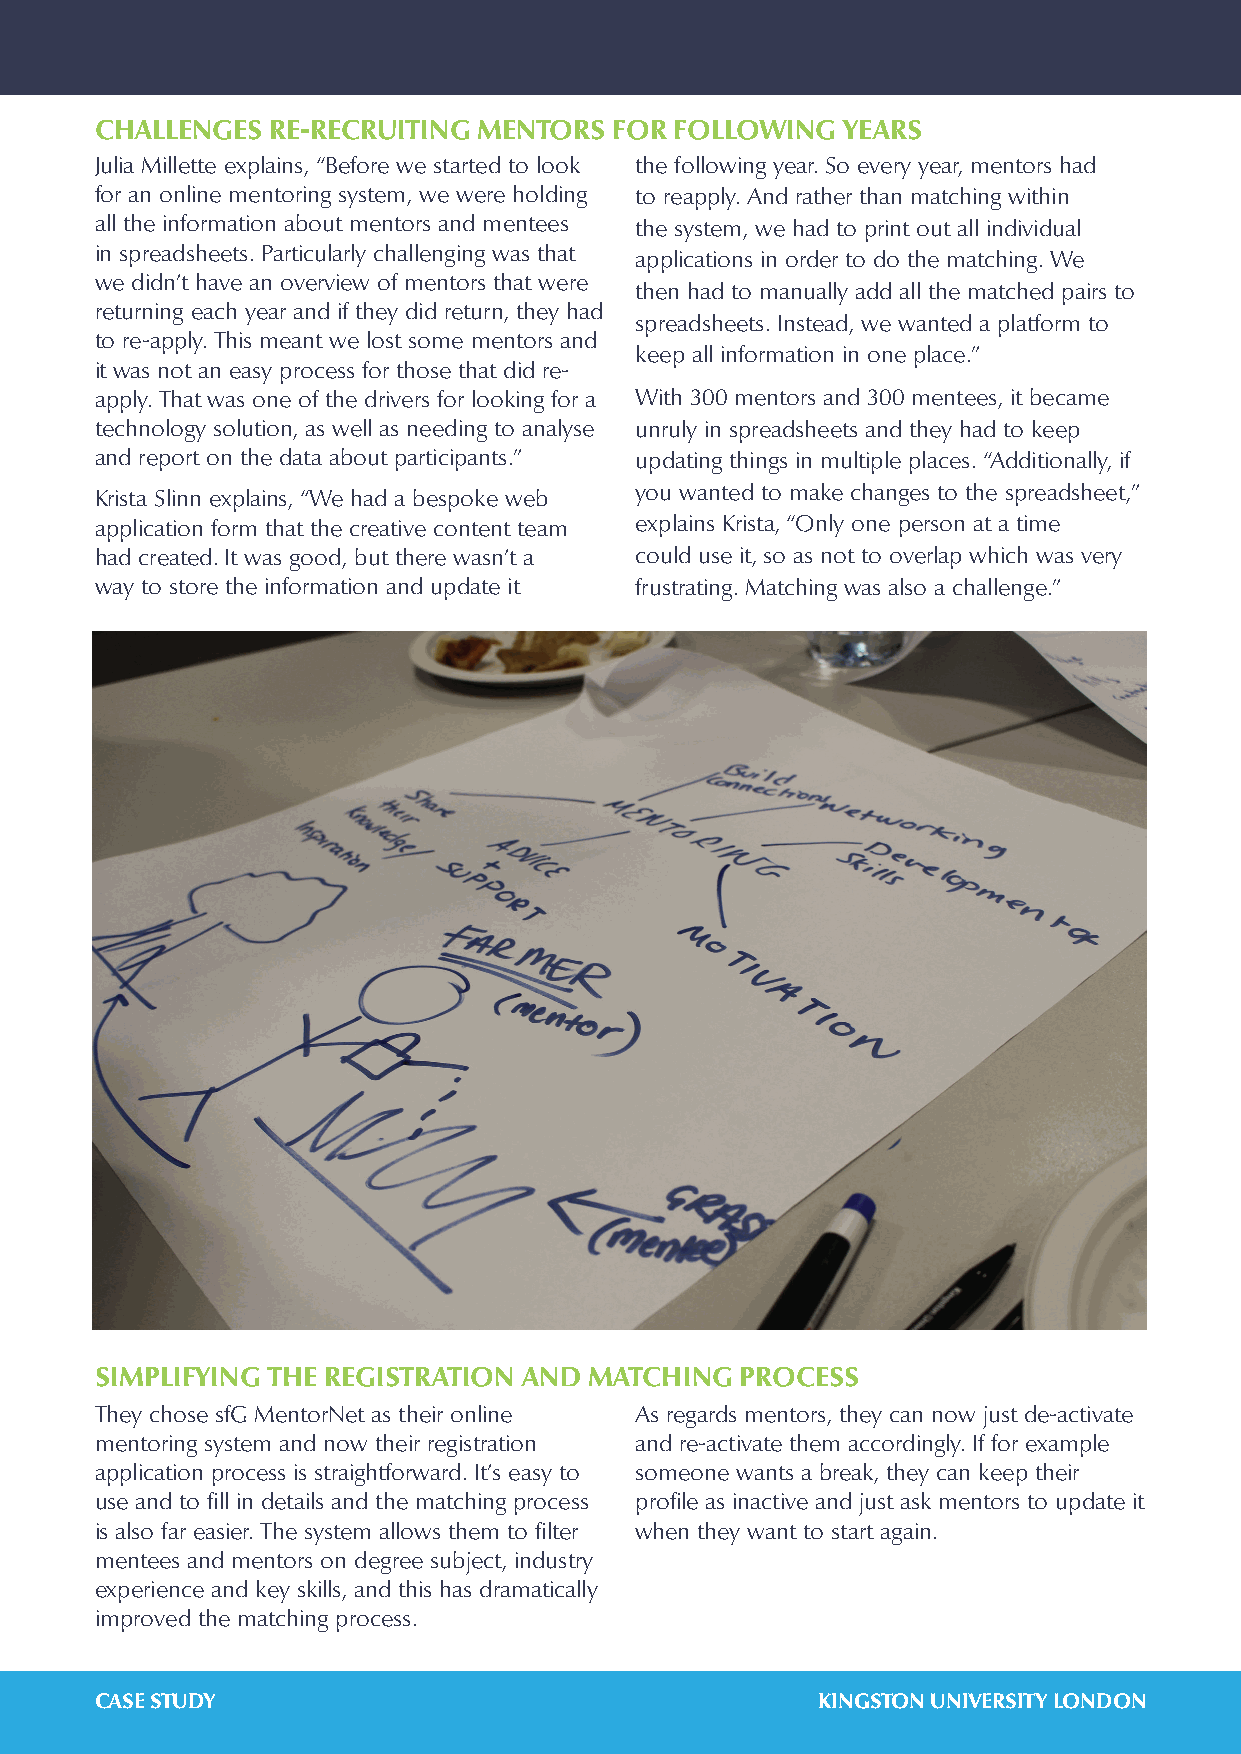
CHALLENGES  RE-RECRUITING MENTORS  FOR FOLLOWING  YEARS
 Julia Millette explains, “Before we started to look the following year. So every year, mentors had
 for an online mentoring system, we were holding to reapply. And rather than matching within
 all the information about mentors and mentees the system, we had to print out all individual
 in spreadsheets. Particularly challenging was that
 applications in order to do the matching. We
 we didn’t have an overview of mentors that were
 then had to manually add all the matched pairs to
 returning each year and if they did return, they had
 spreadsheets. Instead, we wanted a platform to
 to re-apply. This meant we lost some mentors and
 keep all information in one place.”
 it was not an easy process for those that did re-
 apply. That was one of the drivers for looking for a With 300 mentors and 300 mentees, it became
 technology solution, as well as needing to analyse unruly in spreadsheets and they had to keep
 and report on the data about participants.” updating things in multiple places. “Additionally, if
 you wanted to make changes to the spreadsheet,”
 Krista Slinn explains, “We had a bespoke web
 application form that the creative content team explains Krista, “Only one person at a time
 had created. It was good, but there wasn’t a could use it, so as not to overlap which was very
 way to store the information and update it frustrating. Matching was also a challenge.”
 SIMPLIFYING THE REGISTRATION AND MATCHING  PROCESS
 They chose sfG MentorNet as their online As regards mentors, they can now just de-activate
 mentoring system and now their registration and re-activate them accordingly. If for example
 application process is straightforward. It’s easy to someone wants a break, they can keep their
 use and to fill in details and the matching process profile as inactive and just ask mentors to update it
 is also far easier. The system allows them to filter when they want to start again.
 mentees and mentors on degree subject, industry
 experience and key skills, and this has dramatically
 improved the matching process.
 CASE STUDY                                      KINGSTON UNIVERSITY LONDON